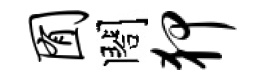
囿閤狎